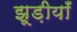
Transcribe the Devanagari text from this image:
झूड़ीयाँ